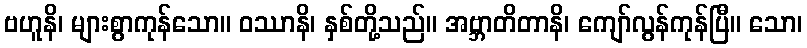
ဗဟူနိ၊ များစွာကုန်သော။ ဝဿာနိ၊ နှစ်တို့သည်။ အဗ္ဘာတိတာနိ၊ ကျော်လွန်ကုန်ပြီ။ သော၊